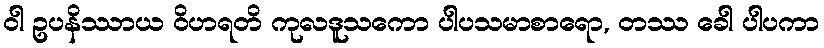
ဝါ ဥပနိဿာယ ဝိဟရတိ ကုလဒူသကော ပါပသမာစာရော, တဿ ခေါ ပါပကာ